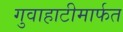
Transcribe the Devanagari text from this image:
गुवाहाटीमार्फत